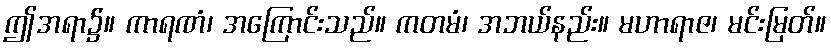
ဤအရာ၌။ ကာရဏံ၊ အကြောင်းသည်။ ကတမံ၊ အဘယ်နည်း။ မဟာရာဇ၊ မင်းမြတ်။